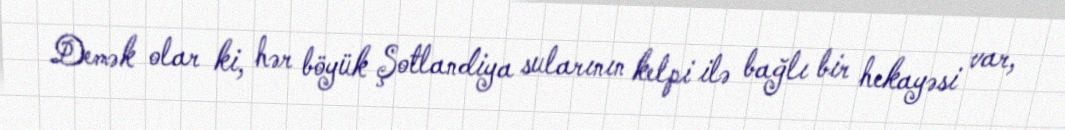
Demək olar ki, hər böyük Şotlandiya sularının kelpi ilə bağlı bir hekayəsi var,